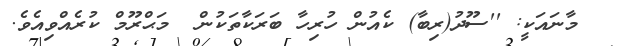
މާނައަކީ: ''ސޫދު(ރިބާ) ކެއުން ހުރިހާ ބަރަކާތަކުން  މަޙްރޫމް ކުރެއްވިއެވެ.